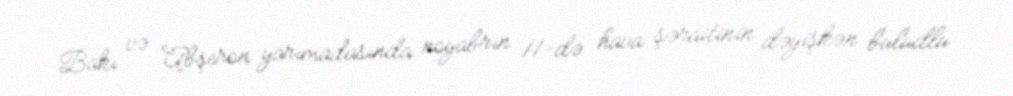
Bakı və Abşeron yarımadasında noyabrın 11-də hava şəraitinin dəyişkən buludlu